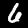
Label: 6